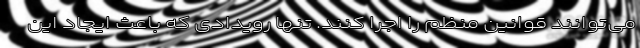
می‌توانند قوانین منظم را اجرا کنند. تنها رویدادی که باعث ایجاد این